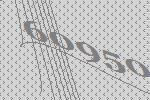
60950